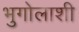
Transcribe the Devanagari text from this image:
भुगोलाशी